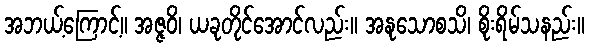
အဘယ့်ကြောင့်။ အဇ္ဇဝိ၊ ယခုတိုင်အောင်လည်း။ အနုသောစသိ၊ စိုးရိမ်သနည်း။